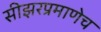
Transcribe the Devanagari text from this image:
सीझरप्रमाणेच